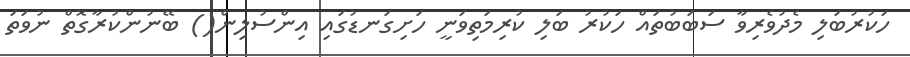
ހަކުރުބަލި މެދުވެރިވާ ސަބަބުތައް ހަކުރު ބަލި ކުރިމަތިވަނީ ހަށިގަނޑުގައި އިންސުލިން() ބޭނުންކުރާގޮތް ނުވަތަ